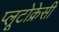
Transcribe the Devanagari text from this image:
प्लूटोक्रेसी